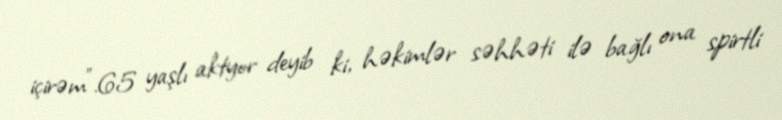
içirəm”.65 yaşlı aktyor deyib ki, həkimlər səhhəti ilə bağlı ona spirtli